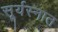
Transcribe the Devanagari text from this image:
सूर्यस्नात